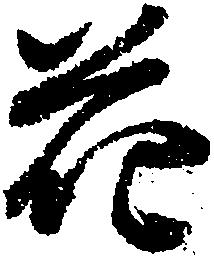
花